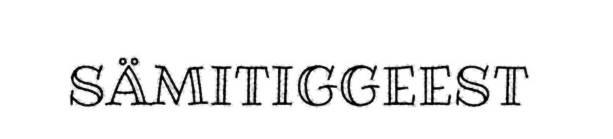
SÄMITIGGEEST